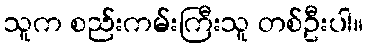
သူက စည်းကမ်းကြီးသူ တစ်ဦးပါ။